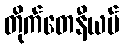
တိုက်တေနီယမ်